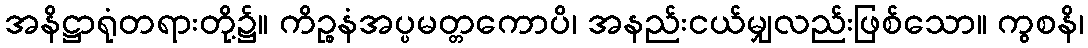
အနိဋ္ဌာရုံတရားတို့၌။ ကိဉ္စနံအပ္ပမတ္တကောပိ၊ အနည်းငယ်မျှလည်းဖြစ်သော။ ကွစနိ၊